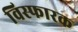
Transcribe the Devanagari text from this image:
विस्‍फारक